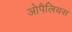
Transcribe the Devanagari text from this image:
ओपैलियस